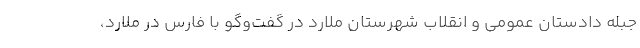
جبله دادستان عمومی و انقلاب شهرستان ملارد در گفت‌وگو با فارس در ملارد،